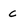
Character: C